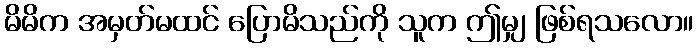
မိမိက အမှတ်မထင် ပြောမိသည်ကို သူက ဤမျှ ဖြစ်ရသလော။